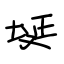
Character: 埏